Report of the Indian Hemp Drugs Commission, 1894-1895 - Volume IV
Year: 1894
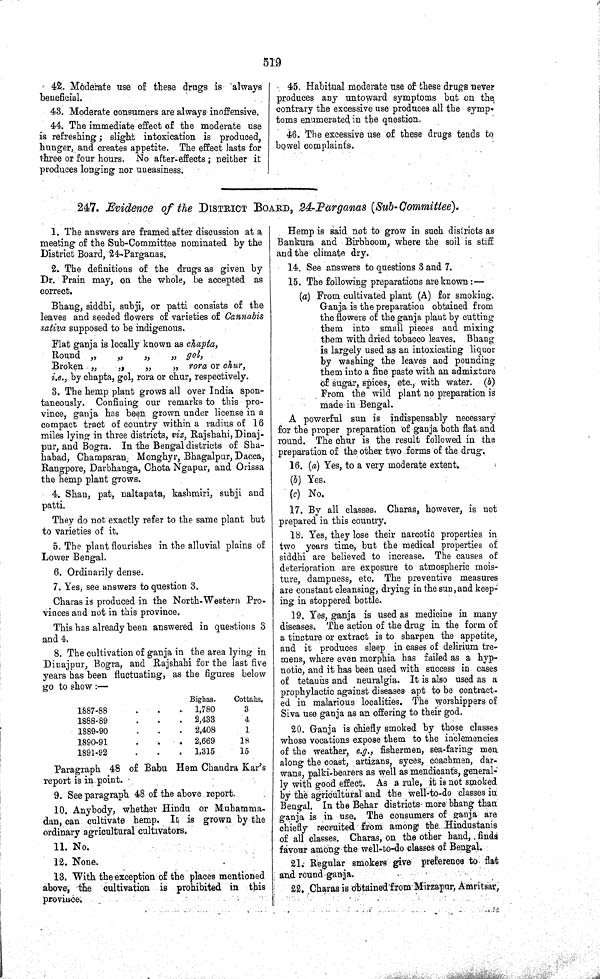
519
42. Moderate use of these drugs is always
beneficial.
43. Moderate consumers are always inoffensive.
44. The immediate effect of the moderate use
is refreshing; slight intoxication is produced,
hunger, and creates appetite. The effect lasts for
three or four hours. No after-effects; neither it
produces longing nor uneasiness.
45. Habitual moderate use of these drugs never
produces any untoward symptoms but on the
contrary the excessive use produces all the symp-
toms enumerated in the question.
46. The excessive use of these drugs tends to
bowel complaints.
247. Evidence of the DISTRICT BOARD, 24-Parganas (Sub-Committee).
1. The answers are framed after discussion at a
meeting of the Sub-Committee nominated by the
District Board, 24-Parganas.
2. The definitions of the drugs as given by
Dr. Prain may, on the whole, be accepted as
correct.
Bhang, siddhi, subji, or patti consists of the
leaves and seeded flowers of varieties of Cannabis
sativa supposed to be indigenous.
Flat ganja is locally known as chapta,
Round "
"
"
" gol,
Broken "
"
"
" rora or chur,
i.e., by chapta, gol, rora or chur, respectively.
3. The hemp plant grows all over India spon-
taneously. Confining our remarks to this pro-
vince, ganja has been grown under license in a
compact tract of country within a radius of 16
miles lying in three districts, viz, Rajshahi, Dinaj-
pur, and Bogra. In the Bengal districts of Sha-
habad, Champaran, Monghyr, Bhagalpur, Dacca,
Rangpore, Darbhanga, Chota Ngapur, and Orissa
the hemp plant grows.
4. Shan, pat, naltapata, kashmiri, subji and
patti.
They do not exactly refer to the same plant but
to varieties of it.
5. The plant flourishes in the alluvial plains of
Lower Bengal.
6. Ordinarily dense.
7. Yes, see answers to question 3.
Charas is produced in the North-Western Pro-
vinces and not in this province.
This has already been answered in questions 3
and 4.
8. The cultivation of ganja in the area lying in
Dinajpur, Bogra, and Rajshahi for the last five
years has been fluctuating, as the figures below
go to show:—
Bighas.
Cottahs.
1887-88
1,780
3
1888-89
2,433
4
1889-90
2,408
1
1890-91
2,669
18
1891-92
1,315
15
Paragraph 48 of Babu Hem Chandra Kar's
report is in point.
9. See paragraph 48 of the above report.
10. Anybody, whether Hindu or Muhamma-
dan, can cultivate hemp. It is grown by the
ordinary agricultural cultivators.
11. No.
12. None.
13. With the exception of the places mentioned
above, the cultivation is prohibited in this
province.
Hemp is said not to grow in such districts as
Bankura and Birbhoom, where the soil is stiff
and the climate dry.
14. See answers to questions 3 and 7.
15. The following preparations are known:—
(a) From cultivated plant (A) for smoking.
Ganja is the preparation obtained from
the flowers of the ganja plant by cutting
them into small pieces and mixing
them with dried tobacco leaves. Bhang
is largely used as an intoxicating liquor
by washing the leaves and pounding
them into a fine paste with an admixture
of sugar, spices, etc., with water. (b)
From the wild plant no preparation is
made in Bengal.
A powerful sun is indispensably necessary
for the proper preparation of ganja both flat and
round. The chur is the result followed in the
preparation of the other two forms of the drug.
16. (a) Yes, to a very moderate extent.
(b) Yes.
(c) No.
17. By all classes. Charas, however, is not
prepared in this country.
18. Yes, they lose their narcotic properties in
two years time, but the medical properties of
siddhi are believed to increase. The causes of
deterioration are exposure to atmospheric mois-
ture, dampness, etc. The preventive measures
are constant cleansing, drying in the sun, and keep-
ing in stoppered bottle.
19. Yes, ganja is used as medicine in many
diseases. The action of the drug in the form of
a tincture or extract is to sharpen the appetite,
and it produces sleep in cases of delirium tre-
mens, where even morphia has failed as a hyp-
notic, and it has been used with success in cases
of tetanus and neuralgia. It is also used as a
prophylactic against diseases apt to be contract-
ed in malarious localities. The worshippers of
Siva use ganja as an offering to their god.
20. Ganja is chiefly smoked by those classes
whose vocations expose them to the inclemencies
of the weather, e.g., fishermen, sea-faring men
along the coast, artizans, syces, coachmen, dar-
wans, palki-bearers as well as mendicants, general-
ly with good effect. As a rule, it is not smoked
by the agricultural and the well-to-do classes in
Bengal. In the Behar districts more bhang than
ganja is in use. The consumers of ganja are
chiefly recruited from among the Hindustanis
of all classes. Charas, on the other hand, finds
favour among the well-to-do classes of Bengal.
21. Regular smokers give preference to flat
and round ganja.
22. Charas is obtained from Mirzapur, Amritsar,